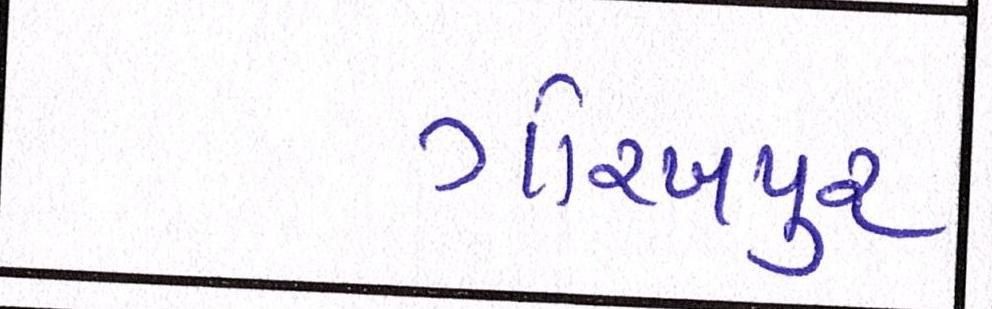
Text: ગોરખપુરઃ